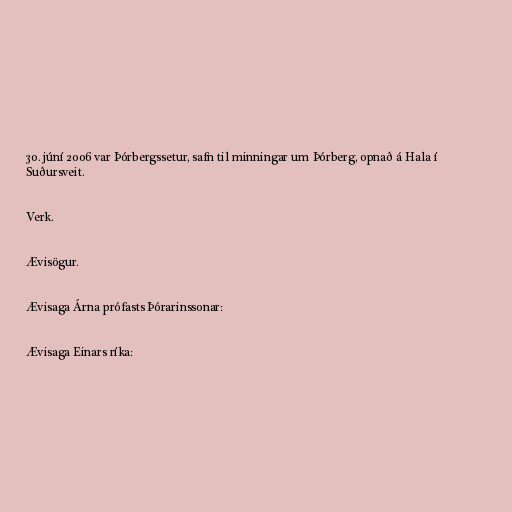
30. júní 2006 var Þórbergssetur, safn til minningar um Þórberg, opnað á Hala í
Suðursveit.

Verk.

Ævisögur.

Ævisaga Árna prófasts Þórarinssonar:

Ævisaga Einars ríka: